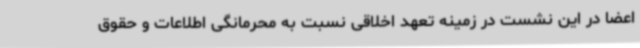
اعضا در این نشست در زمینه تعهد اخلاقی نسبت به محرمانگی اطلاعات و حقوق